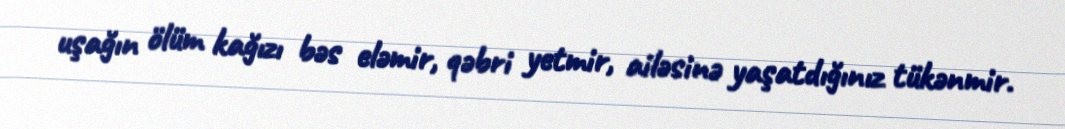
uşağın ölüm kağızı bəs eləmir, qəbri yetmir, ailəsinə yaşatdığınız tükənmir.